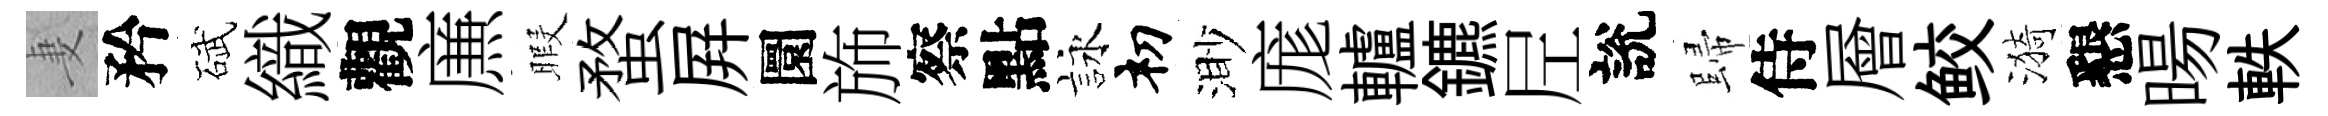
妻矜碔織觀㢘暇蝥屛圜斾察點詠𥘉渺庬轤鑣𡰱說歸侍層鲛漪懇暘軼